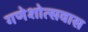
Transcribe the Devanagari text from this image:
गणेशोत्सवास